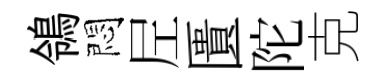
鴒悶𡰱匱陀克